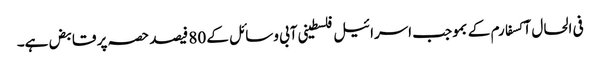
فی الحال آکسفارم کے بموجب اسرائیل فلسطینی آبی وسائل کے 80 فیصد حصہ پر قابض ہے۔